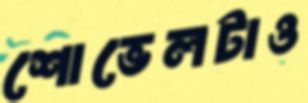
শোভেলটাও